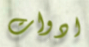
ادوات